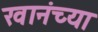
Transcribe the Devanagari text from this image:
खानंच्या